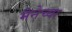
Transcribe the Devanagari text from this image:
मैनेच्या